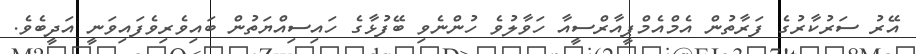
އޭރު ސަރުކާރުގެ ފަރާތުން އެމްއެމްޕީއާރްސީއާ ހަވާލުވެ ހުންނެވި ބޭފުޅާގެ ހައިސިއްޔަތުން ބައިވެރިވެފައިވަނީ އަދީބެވެ.